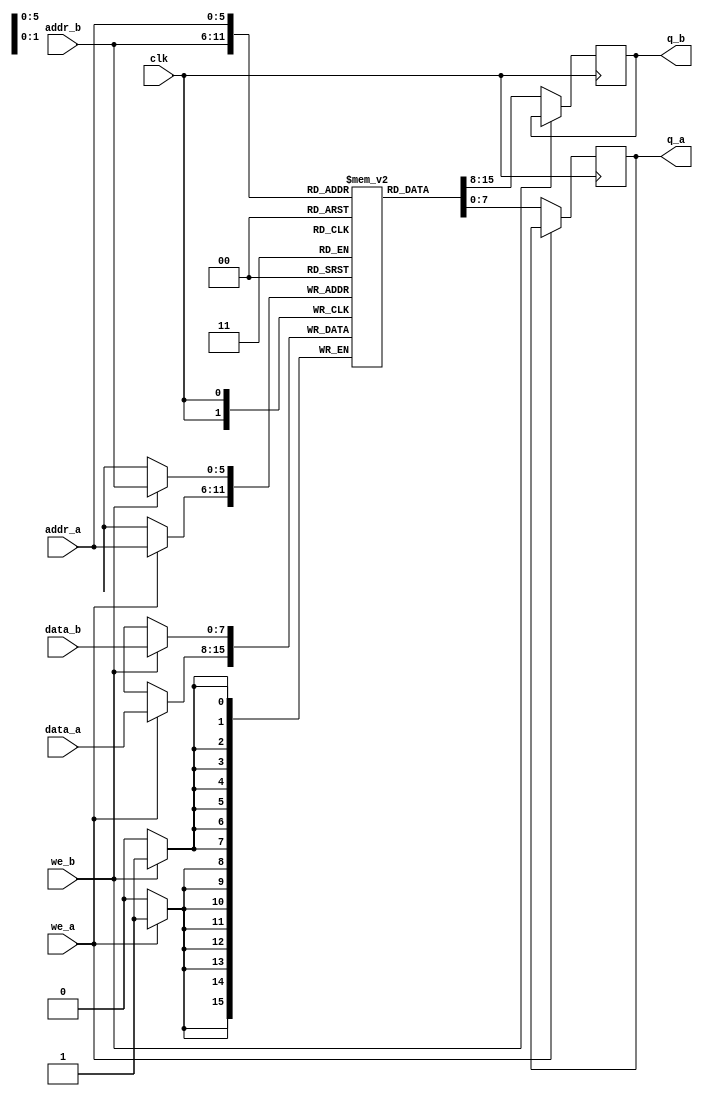
module dual_port_ram(input [7:0] data_a, data_b, input [5:0] addr_a,addr_b, input we_a,we_b,clk, output reg [7:0] q_a,q_b);

reg [7:0] ram [63:0];//64*8 bit ram

//Port - A operation
always @(posedge clk)begin
	if(we_a) ram[addr_a] <= data_a;
	else q_a <= ram[addr_a];
end

//Port - B operation
always @(posedge clk)begin
	if(we_b) ram[addr_b] <= data_b;
	else q_b <= ram[addr_b];
end
endmodule